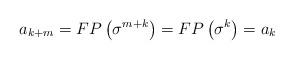
LaTeX: \begin{align*}a_{k+m} = FP\left( \sigma^{m+k} \right) = FP\left( \sigma^k \right) = a_k\end{align*}